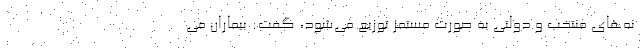
نه‌های منتخب و دولتی به صورت مستمر توزیع می‌شود، گفت: بیماران می‌